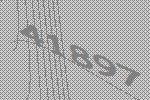
41897